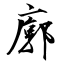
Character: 廓